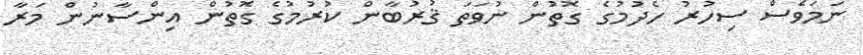
ނަމަވެސް ސިހުރު ހެދުމުގެ ގޮތުން ނުވަތަ ޤުރުބާން ކުރުމުގެ ގޮތުން އިންސާނުން މަރާ